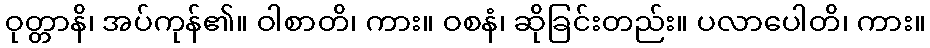
ဝုတ္တာနိ၊ အပ်ကုန်၏။ ဝါစာတိ၊ ကား။ ဝစနံ၊ ဆိုခြင်းတည်း။ ပလာပေါတိ၊ ကား။